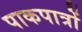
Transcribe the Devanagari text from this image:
पाकपात्रों